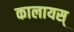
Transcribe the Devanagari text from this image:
कालायस्